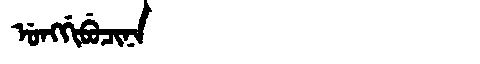
Manchu: ᡠᠩᡤᡳᠪᡠᠴᡳᠨᠠ
Romanization: UNGGIBUCINA